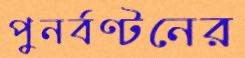
পুনর্বণ্টনের